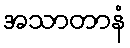
အသာတာနံ